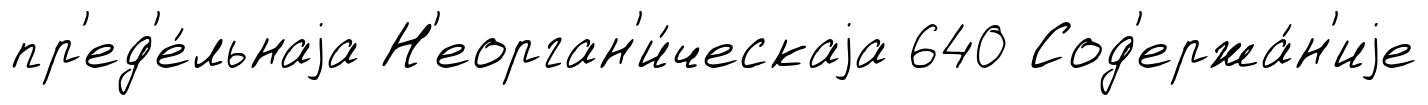
пр'ед'е́льнаjа Н'еорган'и́ческаjа 640 Сод'ержа́н'иjе